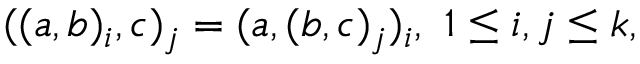
( ( a , b ) _ { i } , c ) _ { j } = ( a , ( b , c ) _ { j } ) _ { i } , \ 1 \leq i , j \leq k ,